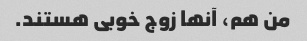
من هم، آنها زوج خوبی هستند.